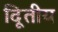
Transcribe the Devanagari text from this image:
दिूतीय